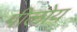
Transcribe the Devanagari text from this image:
गीलोय